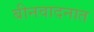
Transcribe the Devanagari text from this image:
बीनवादनात